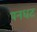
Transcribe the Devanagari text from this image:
पनधट